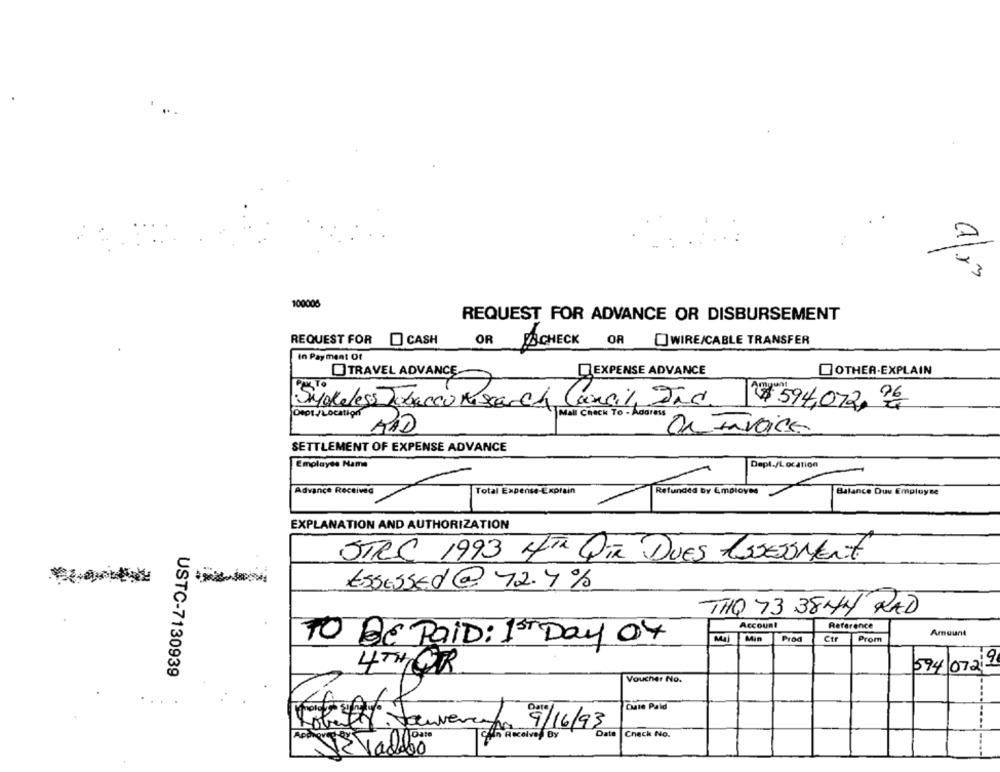
3
100005
REQUEST FOR ADVANCE OR DISBURSEMENT
REQUEST FOR
CASH
OR
FSCHECK OR []WIRE/CABLE TRANSFER
In Payment Of
TRAVEL ADVANCE
EXPENSE ADVANCE
OTHER-EXPLAIN
Smokeless Tobacco Misearch Cancil Ind
$594,0726
ORO1 /Location
Mall CROCK TO - Address
RAD
ONInvoice
SETTLEMENT OF EXPENSE ADVANCE
Emplayde Name
Dept./Location
Advance Received
Total Expense-Explain
Refunded by Employee
Balance Que Employse
EXPLANATION AND AUTHORIZATION
STRC 1993 4TA PIR DUES ASSESSMENT.
-
ESSESSEd@ 72.4%
THO 73 38MM RAD
Account
Reference
Amount
TO BE PAID: 13Th Day Of
Min
Prod
Ctr
Prom
USTC-7130939
4THOR
094/0729
Voucher No.
Cate Paid
Check No.
Lobili Jauverano 9/16/93 m
12 Vaddro